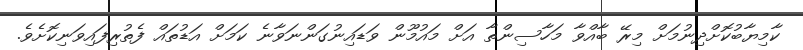
ކާމިޔާބުކޮށްދިނުމަށް މިރޭ ބާއްވާ މަހާސިންތާ އަށް މައުމޫން ވަޑައިނުގަންނަވާނެ ކަމަށް އަޑުތައް ފެތުރިފައިވަނިކޮށެވެ.